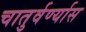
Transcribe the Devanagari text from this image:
चातुर्वर्ण्यास